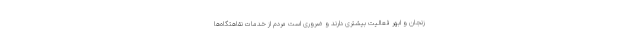
زنجان و ابهر فعالیت بیشتری دارند و ضروری است مردم از خدمات نقاهتگاه‌ها